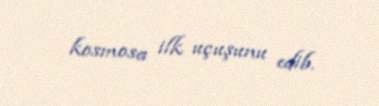
kosmosa ilk uçuşunu edib.